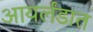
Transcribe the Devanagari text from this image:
आयर्लंडात